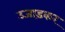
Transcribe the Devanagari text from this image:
उजाड़कर